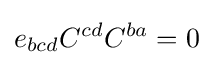
e_{bcd}C^{cd}C^{ba}=0